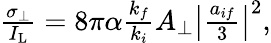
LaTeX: \begin{array}{r}{\frac{\sigma_{\bot}}{I_{\mathrm{L}}}=8\pi\alpha\frac{k_{f}}{k_{i}}A_{\bot}\left\vert\frac{a_{if}}{3}\right\vert^{2},}\end{array}